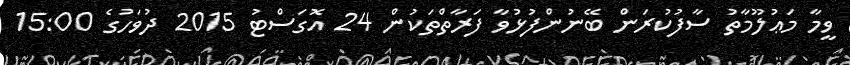
ވީމާ މަޢުލޫމާތު ސާފުކުރަން ބޭނުންފުޅުވާ ފަރާތްތަކުން 24 އޮގަސްޓު 2015 ދުވަހުގެ 15:00